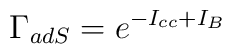
\Gamma_{adS} = e^{-I_{cc}+I_B}